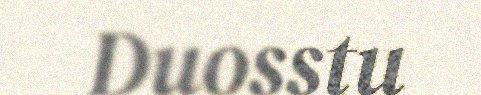
Duosstu